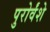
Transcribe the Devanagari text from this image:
पुरोर्वंशे